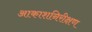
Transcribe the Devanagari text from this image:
आकाशनिरीक्षण